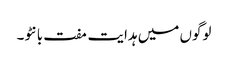
لوگوں میں ہدایت مفت بانٹو۔